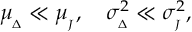
\mu _ { _ { \Delta } } \ll \mu _ { _ { J } } , \quad \sigma _ { _ { \Delta } } ^ { 2 } \ll \sigma _ { _ { J } } ^ { 2 } ,